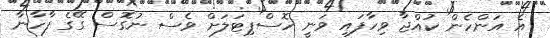
އެ އަންހެން ކުއްޖާ ވިހާފައި ވަނީ ހޮސްޕިޓަލަށް ވެސް ނުގޮސް ގޭގެ ފާހާނާ